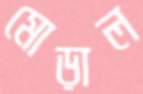
মোড়াল